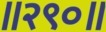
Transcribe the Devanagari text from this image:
॥२९०॥